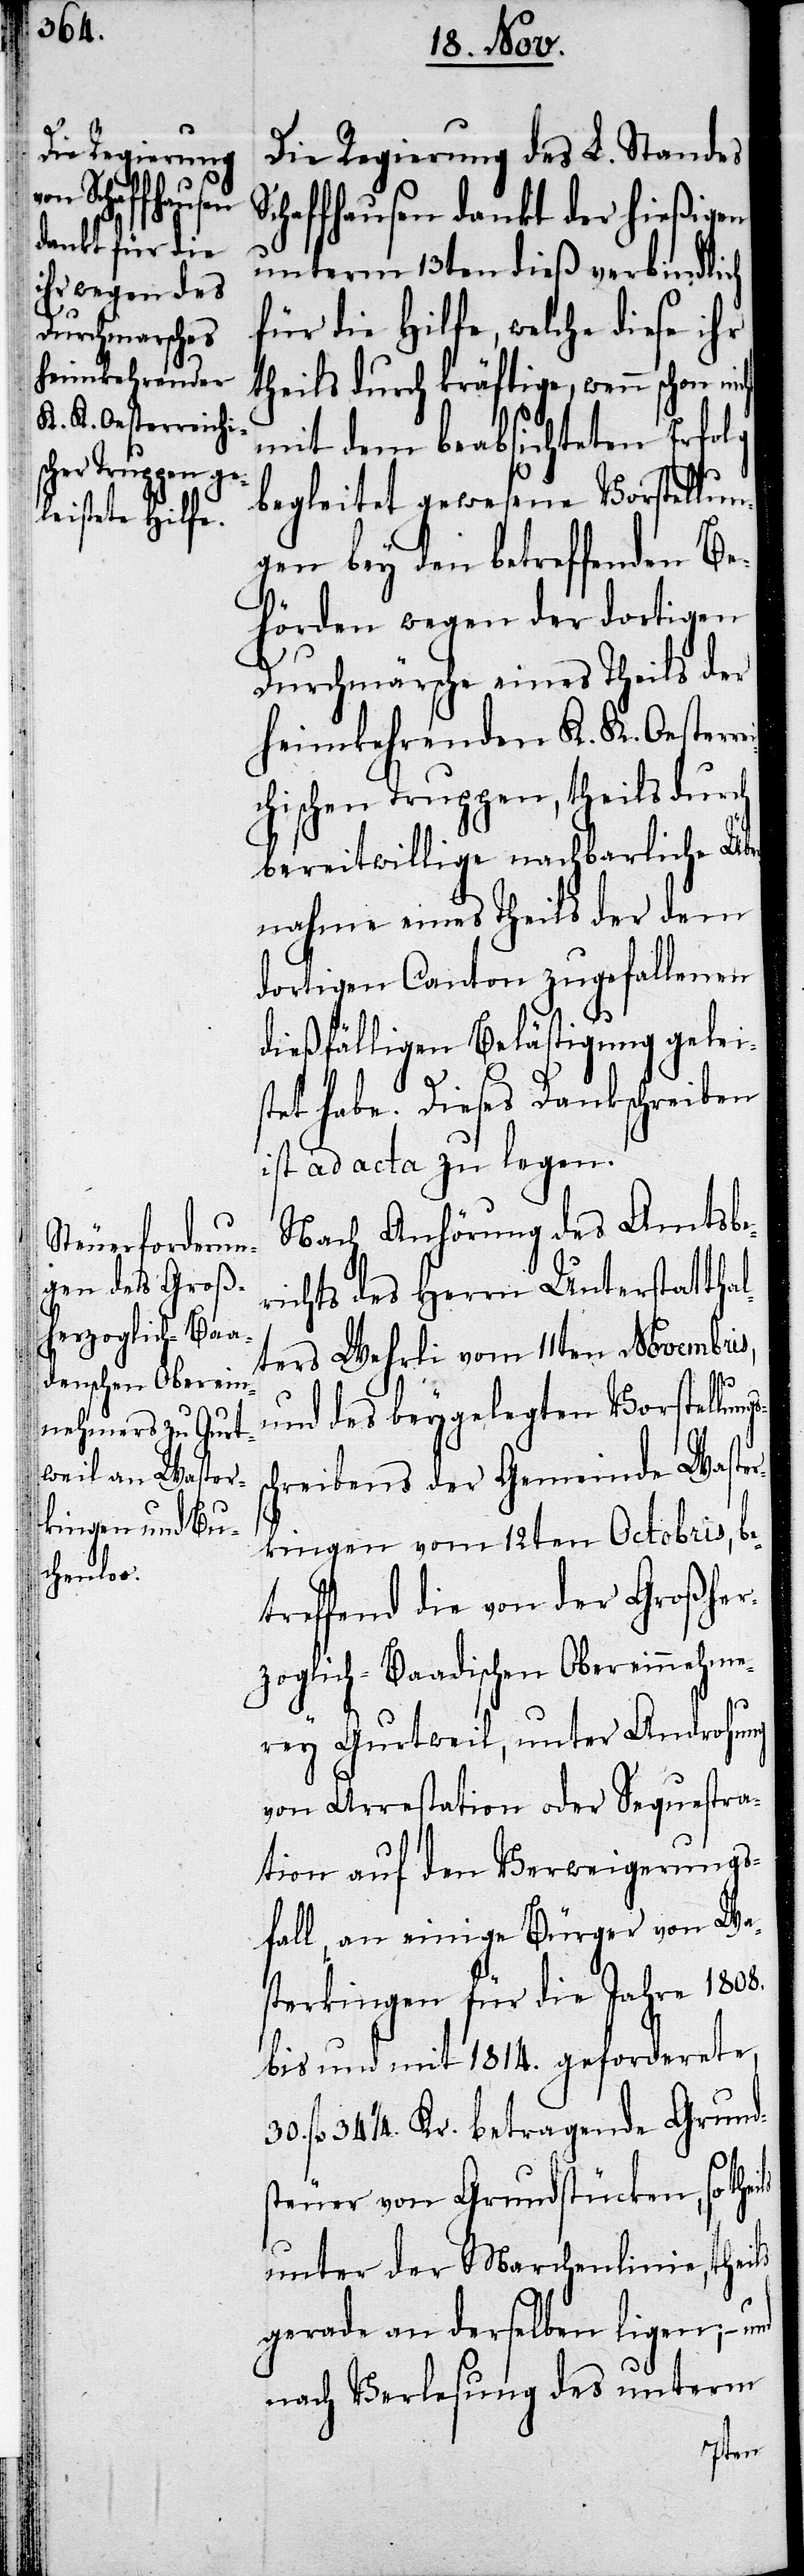
30. fl.
heimkehrenden
K. K. Oesterreich¬

Die Regierung des L. Standes
Schaffhausen dankt der hießigen
unterm 13ten dieß verbindlich
für die Hilfe, welche diese ihr
theils durch kräftige, wenn schon
mit dem beabsichtigten Erfolg
begleitet gewesene Vorstellun¬
gen bey den betreffenden Be¬
hörden wegen der dortigen
Durchmärsche eines Theils der
ischen Truppen, theils durch
bereitwillige nachbarliche Übe¬
rnahme eines Theils der dem
dortigen Canton zugefallenen
dießfälligen Belästigung geleis¬
ils
tet habe. Dieses Dankschreiben
ist ad acta zu legen.
Nach Anhörung des Amtsbe¬
richts des Herrn Unterstattha¬
lters Wehrli vom 11ten Novembris,
und des beygelegten Vorstellung¬
chreibens der Gemeinde Waster¬
kingen vom 12ten Octobris, be¬
treffend die von der Großher¬
zoglich-Baadischen Obereinnehme¬
rey Gurtweil, unter Androhung
von Arrestation oder Sequestra¬
tion auf den Verweigerungs¬
fall, an einige Bürger von Wa¬
sterkingen für die Jahre 1808.
bis und mit 1814. geforderete,
34 ¼. Kr. betragende Grund¬
steuer von Grundstücken, so the¬
unter der Marchenlinie, theils
gerade an derselben ligen; – und
nach Verlesung des unterm